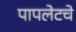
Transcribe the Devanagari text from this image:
पापलेटचे